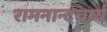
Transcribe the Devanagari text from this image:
रामनान्दचार्य